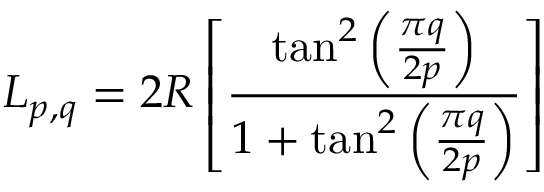
L _ { p , q } = 2 R \left[ \frac { \tan ^ { 2 } \left( \frac { \pi q } { 2 p } \right) } { 1 + \tan ^ { 2 } \left( \frac { \pi q } { 2 p } \right) } \right]